Annual report on the working of the mental hospitals in the Madras Presidency - 1912-1932
Year: 1912
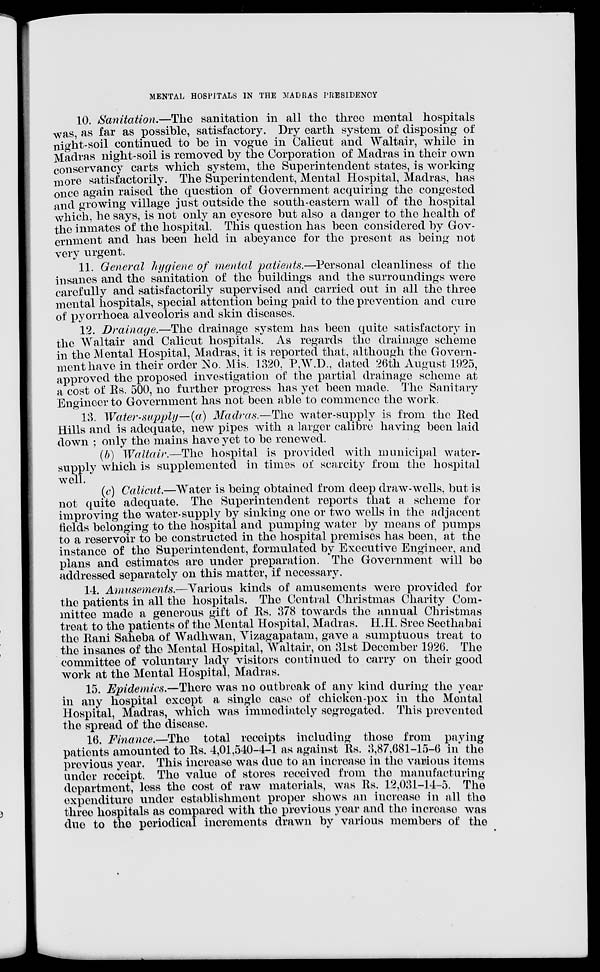
MENTAL HOSPITALS IN THE MADRAS PRESIDENCY
10. Sanitation.—The sanitation in all the three mental hospitals
was, as far as possible, satisfactory. Dry earth system of disposing of
night-soil continued to be in vogue in Calicut and Waltair, while in
Madras night-soil is removed by the Corporation of Madras in their own
conservancy carts which system, the Superintendent states, is working
more satisfactorily. The Superintendent, Mental Hospital, Madras, has
once again raised the question of Government acquiring the congested
and growing village just outside the south-eastern wall of the hospital
which, he says, is not only an eyesore but also a danger to the health of
the inmates of the hospital. This question has been considered by Gov-
ernment and has been held in abeyance for the present as being not
very urgent.
11. General hygiene of mental patients.—Personal cleanliness of the
insanes and the sanitation of the buildings and the surroundings were
carefully and satisfactorily supervised and carried out in all the three
mental hospitals, special attention being paid to the prevention and cure
of pyorrhoea alveoloris and skin diseases.
12. Drainage.—The drainage system has been quite satisfactory in
the Waltair and Calicut hospitals. As regards the drainage scheme
in the Mental Hospital, Madras, it is reported that, although the Govern-
ment have in their order No. Mis. 1320, P,W.D., dated 26th August 1925,
approved the proposed investigation of the partial drainage scheme at
a cost of Rs. 500, no further progress has yet been made. The Sanitary
Engineer to Government has not been able to commence the work.
13. Water-supply—(a) Madras.—The water-supply is from the Red
Hills and is adequate, new pipes with a larger calibre having been laid
down ; only the mains have yet to be renewed.
(b) Waltair.—The hospital is provided with municipal water-
supply which is supplemented in times of scarcity from the hospital
well.
(c) Calicut.—Water is being obtained from deep draw-wells, but is
not quite adequate. The Superintendent reports that a scheme for
improving the water-supply by sinking one or two wells in the adjacent
fields belonging to the hospital and pumping water by means of pumps
to a reservoir to be constructed in the hospital premises has been, at the
instance of the Superintendent, formulated by Executive Engineer, and
plans and estimates are under preparation. The Government will be
addressed separately on this matter, if necessary.
14. Amusements.—Various kinds of amusements were provided for
the patients in all the hospitals. The Central Christmas Charity Com-
mittee made a generous gift of Rs. 378 towards the annual Christmas
treat to the patients of the Mental Hospital, Madras. H.H. Sree Seethabai
the Rani Saheba of Wadhwan, Vizagapatam, gave a sumptuous treat to
the insanes of the Mental Hospital, Waltair, on 31st December 1926. The
committee of voluntary lady visitors continued to carry on their good
work at the Mental Hospital, Madras.
15. Epidemics.—There was no outbreak of any kind during the year
in any hospital except a single case of chicken-pox in the Mental
Hospital, Madras, which was immediately segregated. This prevented
the spread of the disease.
16. Finance.—The
total receipts including those from paying
patients amounted to Rs. 4,01,540-4-1 as against Rs. 3,87,681-15-6 in the
previous year. This increase was due to an increase in the various items
under receipt. The value of stores received from the manufacturing
department, less the cost of raw materials, was Rs. 12,031-14-5. The
expenditure under establishment proper shows an increase in all the
three hospitals as compared with the previous year and the increase was
due to the periodical increments drawn by various members of the